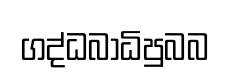
ගද්ධබාධිපුබබ